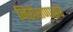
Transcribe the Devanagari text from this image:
निरीक्षणाद्वारे